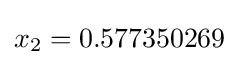
x_{2}=0.577350269